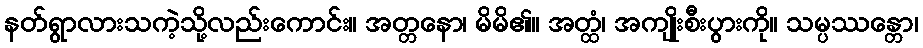
နတ်ရွာလားသကဲ့သို့လည်းကောင်း။ အတ္တနော၊ မိမိ၏။ အတ္ထံ၊ အကျိုးစီးပွားကို။ သမ္ပဿန္တော၊